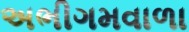
અભીગમવાળા